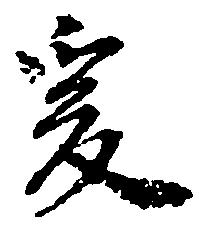
爰